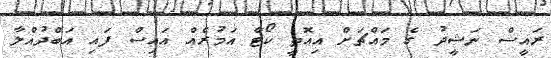
ރައީސް ނަޝީދު ގެ މައްޗަށް އިއޮތީ ކޯޓް އަމުރެއް އައިސް ފައި އަބްދުއްލާ